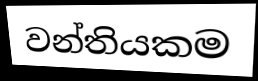
වන්තියකම